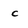
Character: c